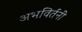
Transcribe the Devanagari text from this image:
अभविर्तनी